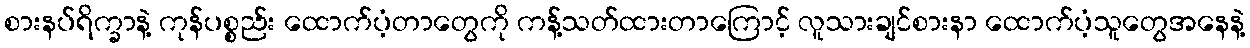
စားနပ်ရိက္ခာနဲ့ ကုန်ပစ္စည်း ထောက်ပံ့တာတွေကို ကန့်သတ်ထားတာကြောင့် လူသားချင်စားနာ ထောက်ပံ့သူတွေအနေနဲ့